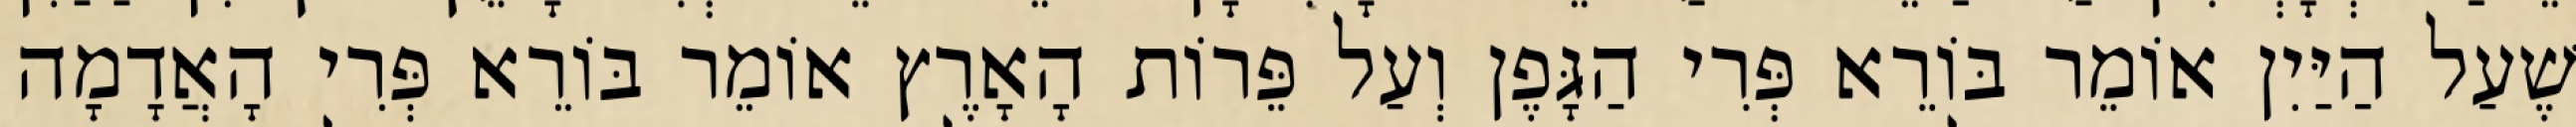
שֶׁעַל הַיַּיִן אוֹמֵר בּוֹרֵא פְּרִי הַגָּפֶן וְעַל פֵּרוֹת הָאָרֶץ אוֹמֵר בּוֹרֵא פְּרִי הָאֲדָמָה